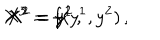
X ^ { 3 } = f ( y ^ { 1 } , y ^ { 2 } ) \, , \hspace { 0 . 5 c m } X ^ { 1 } = y ^ { 1 } \, , \hspace { 0 . 5 c m } X ^ { 2 } = y ^ { 2 } \, .